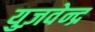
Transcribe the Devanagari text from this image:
युज़वेन्द्र